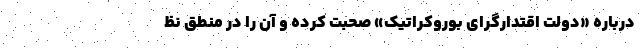
درباره «دولت اقتدارگرای بوروکراتیک» صحبت کرده‌ و آن را در منطق نظ